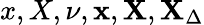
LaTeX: x,X,\nu,\mathbf{x},\mathbf{X},\mathbf{X}_{\Delta}